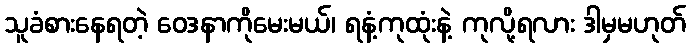
သူခံစားနေရတဲ့ ဝေဒနာကိုမေးမယ်၊ ရနံ့ကုထုံးနဲ့ ကုလို့ရလား ဒါမှမဟုတ်